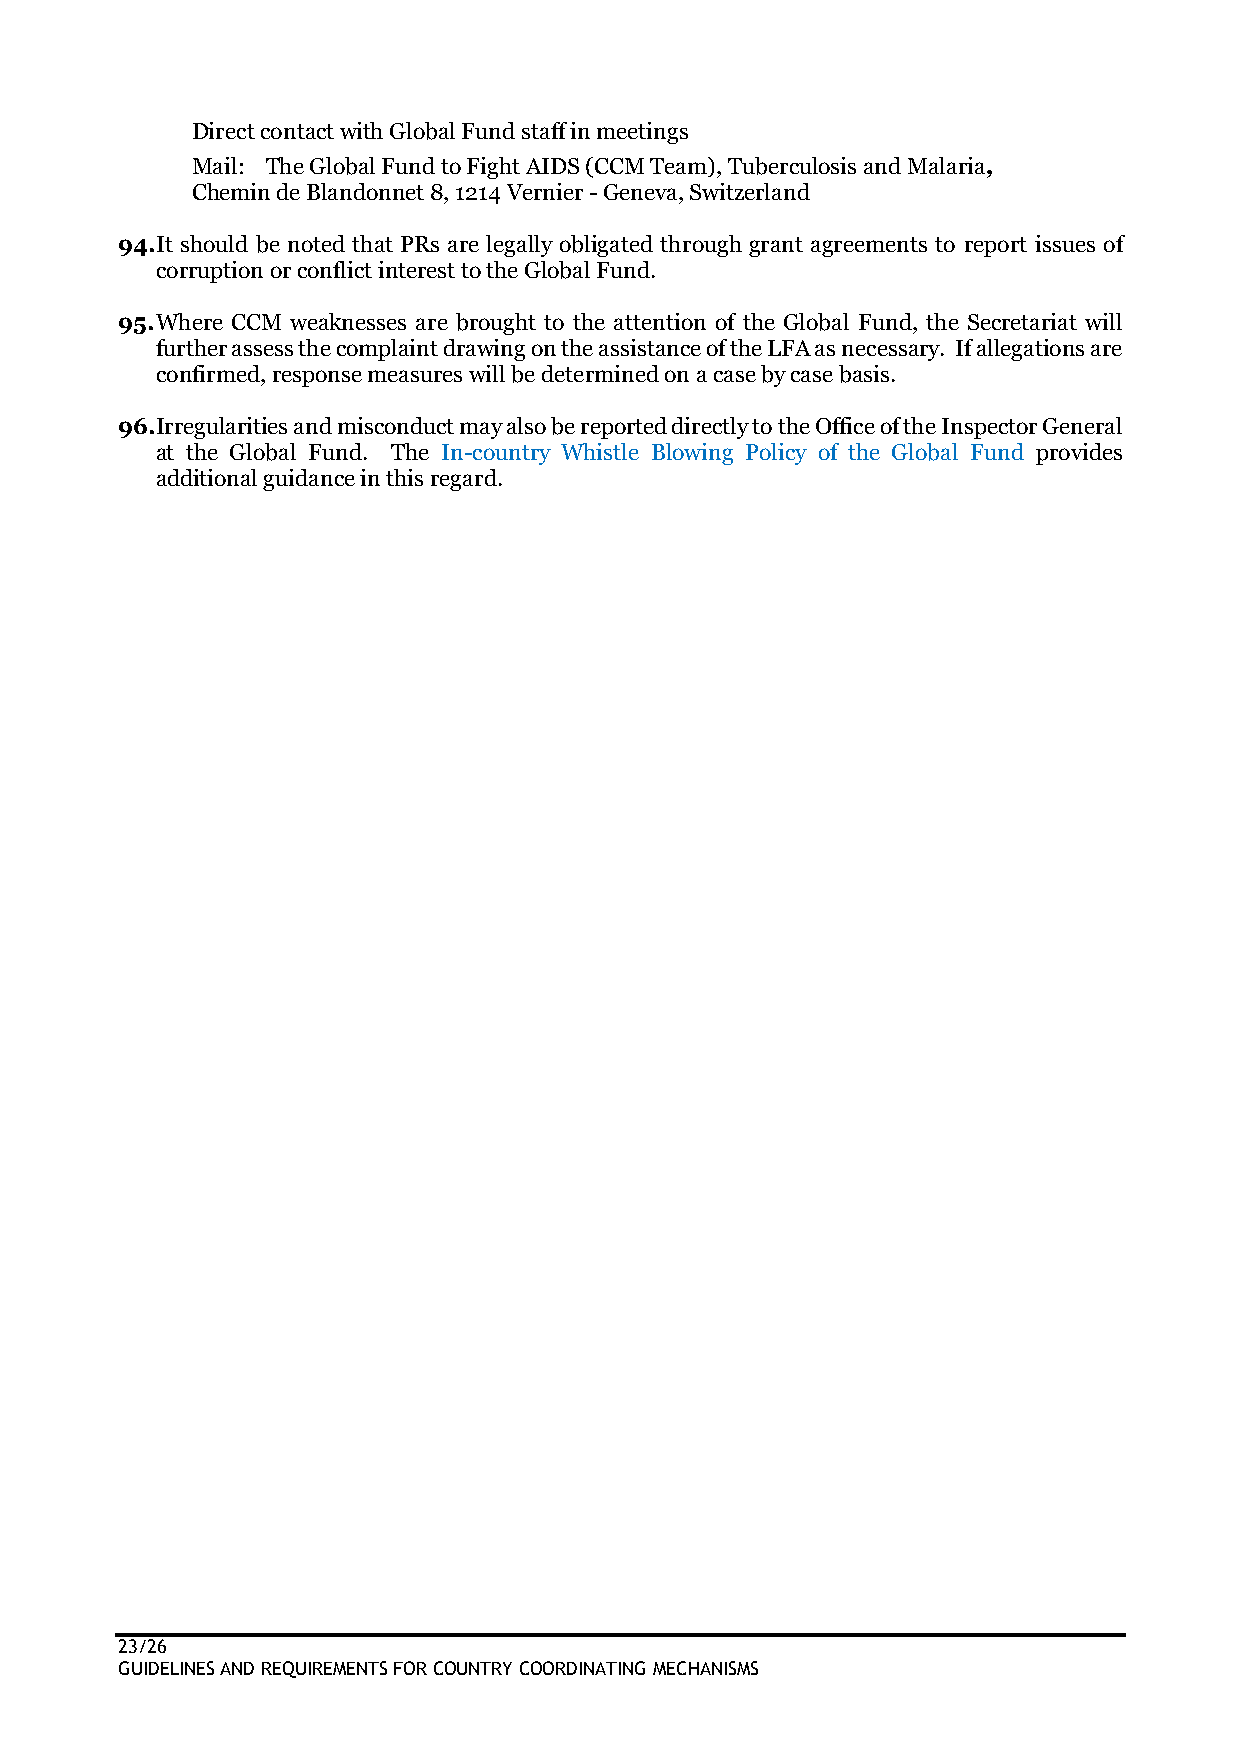
Direct contact with Global Fund staff in meetings
 Mail: The Global Fund to Fight AIDS (CCM Team), Tuberculosis and Malaria,
 Chemin de Blandonnet 8, 1214 Vernier - Geneva, Switzerland
 94. It should be noted that PRs are legally obligated through grant agreements to report issues of
 corruption or conflict interest to the Global Fund.
 95. Where CCM weaknesses are brought to the attention of the Global Fund, the Secretariat will
 further assess the complaint drawing on the assistance of the LFA as necessary. If allegations are
 confirmed, response measures will be determined on a case by case basis.
 96. Irregularities and misconduct may also be reported directly to the Office of the Inspector General
 at the Global Fund. The In-country Whistle Blowing Policy of the Global Fund provides
 additional guidance in this regard.
 23/26
 GUIDELINES AND REQUIREMENTS FOR COUNTRY COORDINATING MECHANISMS